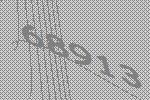
68913